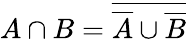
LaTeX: A\cap B={\overline{{{\overline{{A}}}\cup{\overline{{B}}}}}}